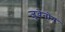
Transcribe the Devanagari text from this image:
जुवेनोन